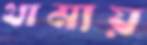
থামায়